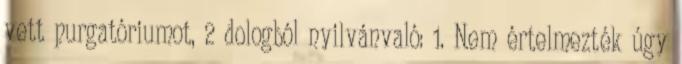
vett purgatóriumot, 2 dologból nyilvánvaló: 1. Nem értelmezték úgy